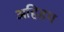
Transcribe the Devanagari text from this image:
अहिहय